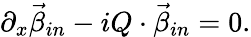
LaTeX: \partial_{x}\vec{\beta}_{in}-iQ\cdot\vec{\beta}_{in}=0.